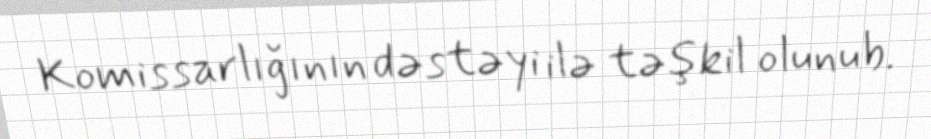
Komissarlığının dəstəyi ilə təşkil olunub.